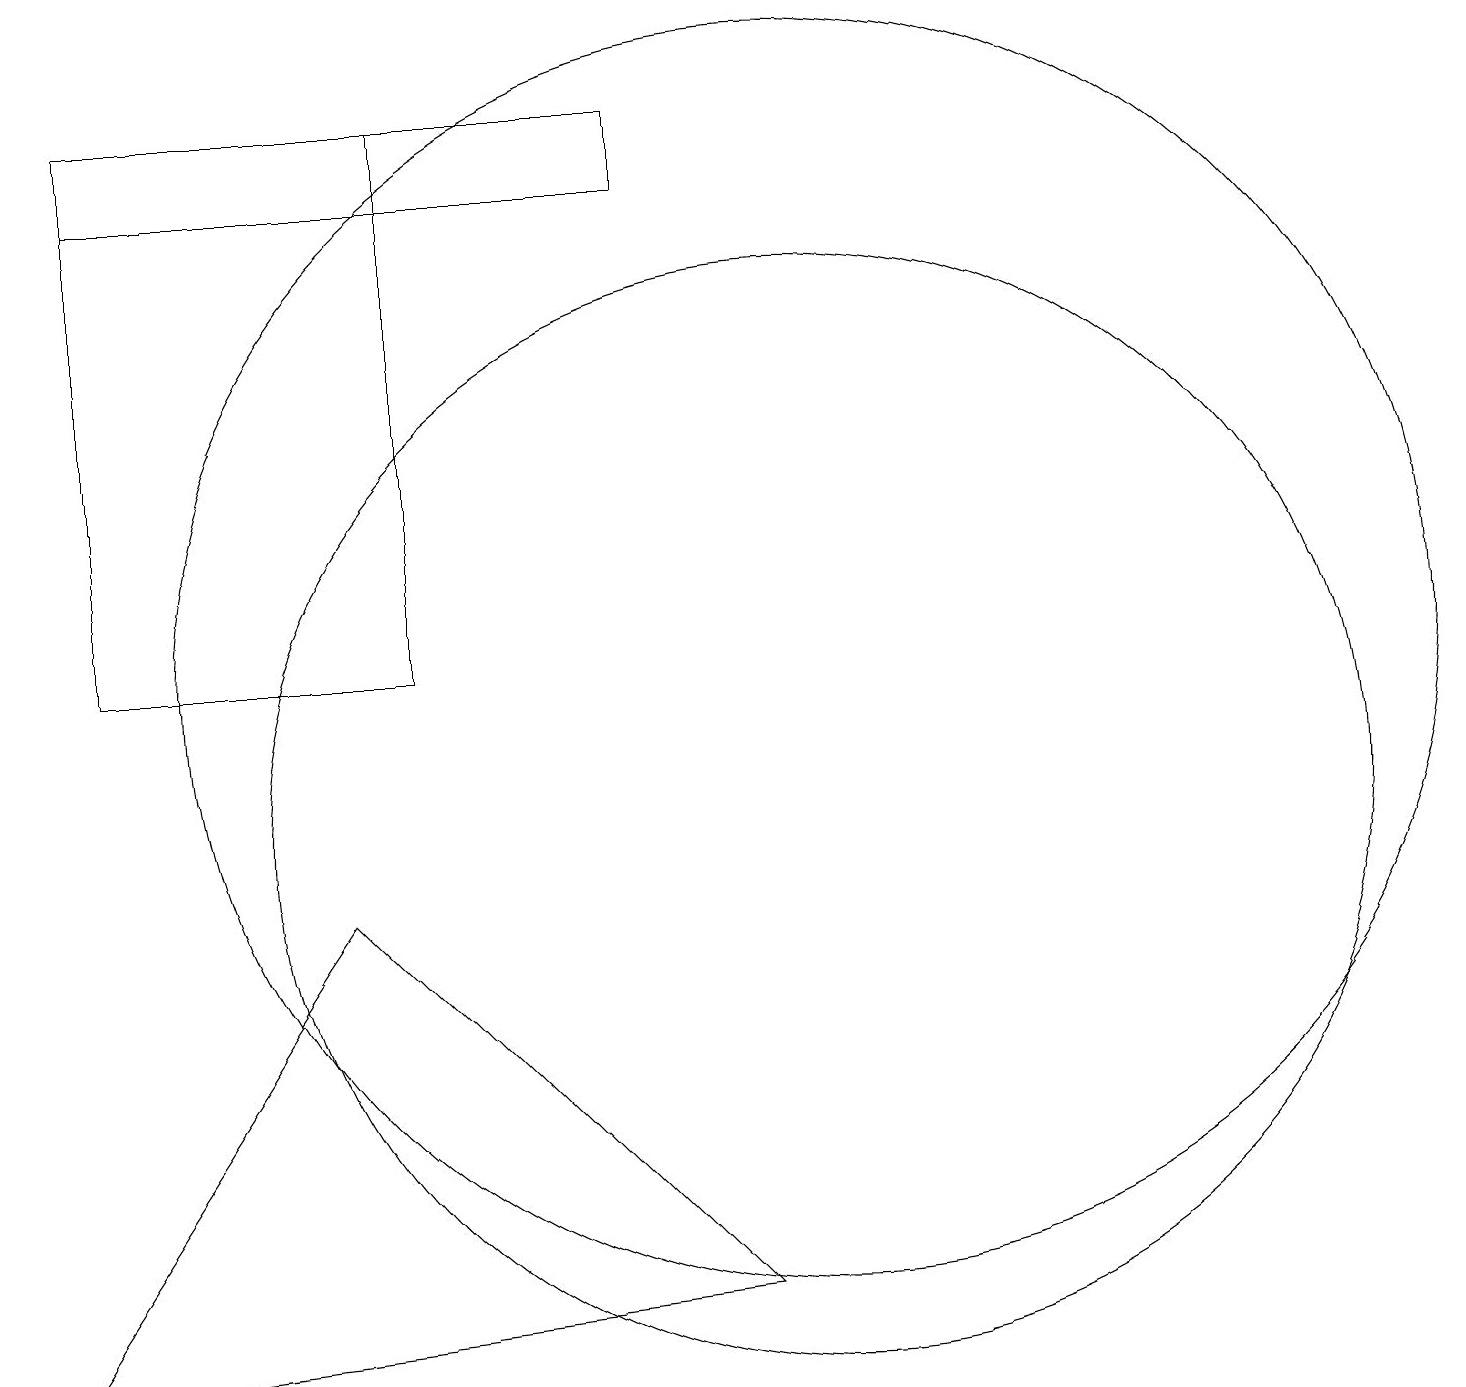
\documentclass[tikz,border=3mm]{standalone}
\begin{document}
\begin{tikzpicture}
\draw (8,18) rectangle (1,19);
\draw (3,13) rectangle (3,13);
\draw (10,10) circle (7);
\draw (5,12) rectangle (1,19);
\draw (10,12) circle (8);
\draw (0,3) -- (9,4) -- (4,9) -- cycle;
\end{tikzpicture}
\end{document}